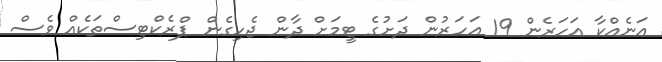
އަނެއްކާ އަހަރެން 19 އަހަރުން ދަށުގެ ޓީމަށް ދާން ޖެހިގެން ޕްރެކްޓިސްތަކެއް ވެސް